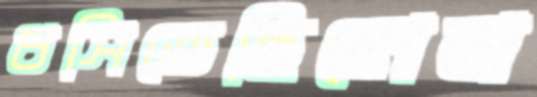
ধসিতেছিলেন